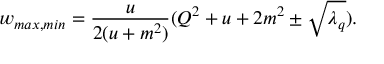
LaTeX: w _ { m a x , m i n } = \frac { u } { 2 ( u + m ^ { 2 } ) } ( Q ^ { 2 } + u + 2 m ^ { 2 } \pm \sqrt { \lambda _ { q } } ) .